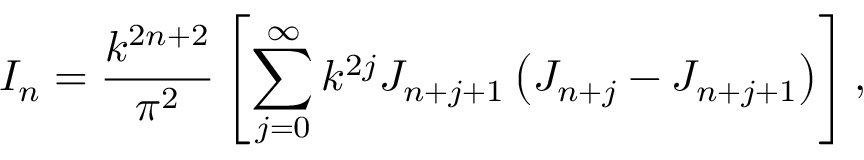
I _ { n } = \frac { k ^ { 2 n + 2 } } { \pi ^ { 2 } } \left[ \sum _ { j = 0 } ^ { \infty } k ^ { 2 j } J _ { n + j + 1 } \left( J _ { n + j } - J _ { n + j + 1 } \right) \right] ,